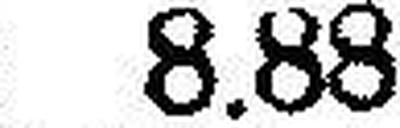
8.88